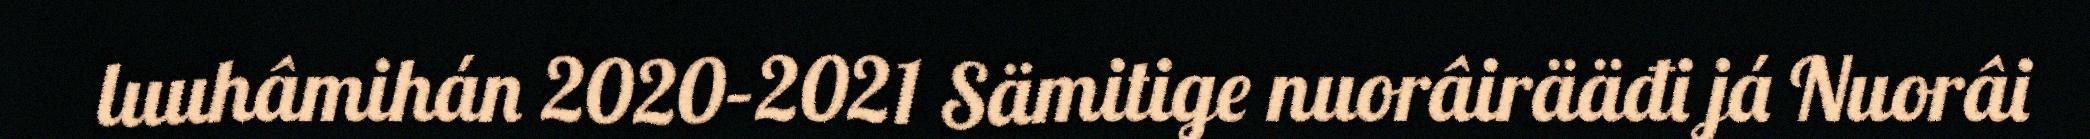
luuhâmihán 2020–2021 Sämitige nuorâirääđi já Nuorâi